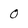
Character: o